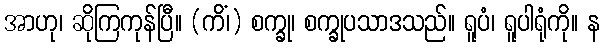
အာဟု၊ ဆိုကြကုန်ပြီ။ (ကိံ၊) စက္ခု၊ စက္ခုပသာဒသည်။ ရူပံ၊ ရူပါရုံကို။ န